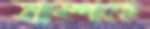
সম্পর্কে